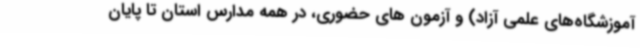
آموزشگاه‌های علمی آزاد) و آزمون های حضوری، در همه مدارس استان تا پایان